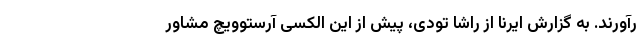
رآورند. به گزارش ایرنا از راشا تودی، پیش از این الکسی آرستوویچ مشاور